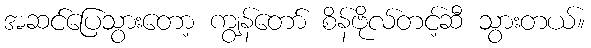
အဆင်ပြေသွားတော့ ကျွန်တော် စိန်ဗိုလ်တင့်ဆီ သွားတယ်။